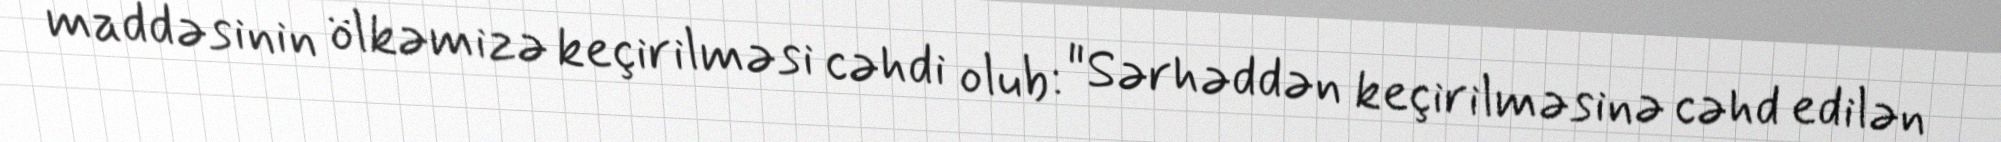
maddəsinin ölkəmizə keçirilməsi cəhdi olub: "Sərhəddən keçirilməsinə cəhd edilən